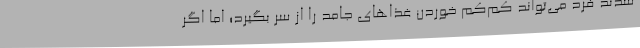
شدند فرد می‌تواند کم‌کم خوردن غذا‌های جامد را از سر بگیرد؛ اما اگر